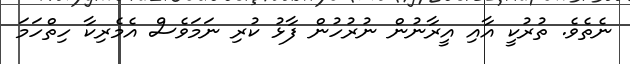
ނެތެވެ. ތުރުކީ އާއި އީރާނުން ނުރުހުން ފާޅު ކުރި ނަމަވެސް އެމެރިކާ ހިތްހަމަ